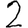
Digit: 2